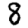
Digit: 8